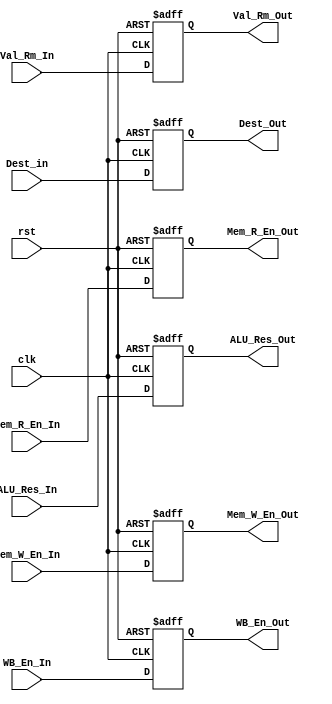
module EXE_Reg
    (
	input clk, rst, WB_En_In, Mem_R_En_In, Mem_W_En_In,
    input [3:0]Dest_in,
	input [31:0] ALU_Res_In, Val_Rm_In,
	
	output reg WB_En_Out, Mem_R_En_Out, Mem_W_En_Out,  
    output reg [3:0] Dest_Out,
	output reg [31:0] ALU_Res_Out, Val_Rm_Out
    );
	
	always@(posedge clk, posedge rst)
    begin
		if (rst)
			{WB_En_Out, Mem_R_En_Out, Mem_W_En_Out, ALU_Res_Out, Val_Rm_Out, Dest_Out} = 71'd0;
		else 
        begin 
			WB_En_Out    =    WB_En_In;
			Mem_R_En_Out = Mem_R_En_In;
			Mem_W_En_Out = Mem_W_En_In;
			ALU_Res_Out  =  ALU_Res_In;
			Val_Rm_Out   =   Val_Rm_In;
			Dest_Out     =     Dest_in;
		end		
	end

endmodule